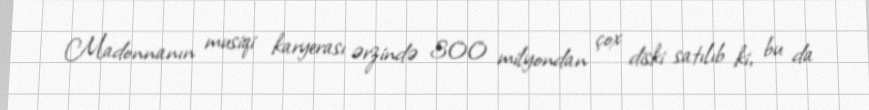
Madonnanın musiqi karyerası ərzində 300 milyondan çox diski satılıb ki, bu da